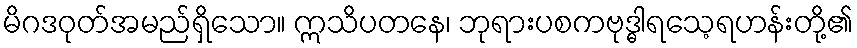
မိဂဒဝုတ်အမည်ရှိသော။ ဣသိပတနေ၊ ဘုရားပစကဗုဒ္ဓါရသေ့ရဟန်းတို့၏